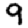
Digit: 9